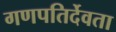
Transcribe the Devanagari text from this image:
गणपतिर्देवता